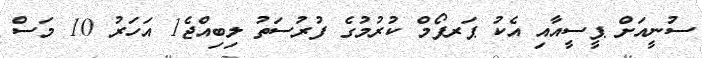
ސުނީއަށް ޕީސީއާއި އެކު ޕަރފޯމް ކުރުމުގެ ފުރުސަތު ލިބިއްޖެ1 އަހަރު 10 މަސް